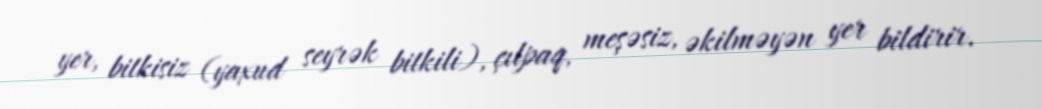
yer, bitkisiz (yaxud seyrək bitkili), çılpaq, meşəsiz, əkilməyən yer bildirir.